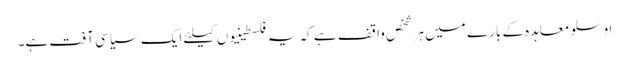
اوسلو معاہدہ کے بارے میں ہر شخص واقف ہے کہ یہ فلسطینیوں کیلئے ایک سیاسی آفت ہے۔